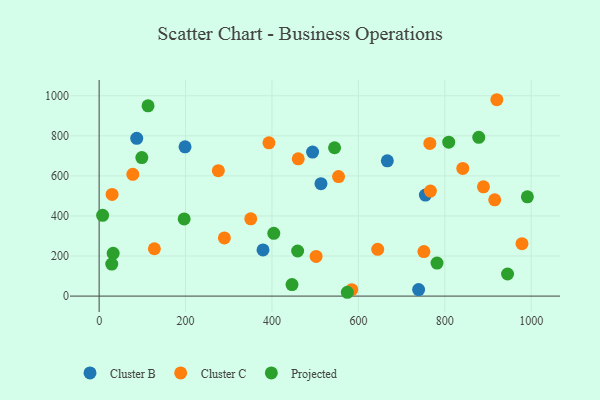
{"axis": {"x": "Investment", "y": "Demand"}, "legend": ["Cluster B", "Cluster C", "Projected"], "data": [{"x": "87.0", "y": 787.7, "type": "Cluster B"}, {"x": "379.3", "y": 230.4, "type": "Cluster B"}, {"x": "739.4", "y": 32.5, "type": "Cluster B"}, {"x": "494.0", "y": 718.8, "type": "Cluster B"}, {"x": "667.0", "y": 675.4, "type": "Cluster B"}, {"x": "198.8", "y": 744.9, "type": "Cluster B"}, {"x": "513.4", "y": 560.9, "type": "Cluster B"}, {"x": "755.1", "y": 504.4, "type": "Cluster B"}, {"x": "766.7", "y": 524.3, "type": "Cluster C"}, {"x": "127.9", "y": 236.4, "type": "Cluster C"}, {"x": "289.9", "y": 290.3, "type": "Cluster C"}, {"x": "889.4", "y": 545.5, "type": "Cluster C"}, {"x": "78.0", "y": 607.9, "type": "Cluster C"}, {"x": "275.9", "y": 626.1, "type": "Cluster C"}, {"x": "765.4", "y": 762.1, "type": "Cluster C"}, {"x": "30.0", "y": 507.6, "type": "Cluster C"}, {"x": "554.1", "y": 596.6, "type": "Cluster C"}, {"x": "584.7", "y": 32.2, "type": "Cluster C"}, {"x": "393.0", "y": 765.1, "type": "Cluster C"}, {"x": "751.6", "y": 222.0, "type": "Cluster C"}, {"x": "915.5", "y": 480.6, "type": "Cluster C"}, {"x": "350.9", "y": 385.7, "type": "Cluster C"}, {"x": "978.6", "y": 261.8, "type": "Cluster C"}, {"x": "920.4", "y": 980.1, "type": "Cluster C"}, {"x": "841.6", "y": 637.1, "type": "Cluster C"}, {"x": "460.8", "y": 685.3, "type": "Cluster C"}, {"x": "502.2", "y": 198.0, "type": "Cluster C"}, {"x": "644.7", "y": 233.5, "type": "Cluster C"}, {"x": "29.2", "y": 160.0, "type": "Projected"}, {"x": "945.2", "y": 110.3, "type": "Projected"}, {"x": "8.1", "y": 403.1, "type": "Projected"}, {"x": "544.9", "y": 740.3, "type": "Projected"}, {"x": "98.8", "y": 691.3, "type": "Projected"}, {"x": "446.4", "y": 57.5, "type": "Projected"}, {"x": "404.2", "y": 313.4, "type": "Projected"}, {"x": "113.2", "y": 949.5, "type": "Projected"}, {"x": "991.1", "y": 495.7, "type": "Projected"}, {"x": "32.5", "y": 213.4, "type": "Projected"}, {"x": "809.1", "y": 768.2, "type": "Projected"}, {"x": "878.6", "y": 792.4, "type": "Projected"}, {"x": "782.0", "y": 164.8, "type": "Projected"}, {"x": "196.8", "y": 385.2, "type": "Projected"}, {"x": "459.4", "y": 225.2, "type": "Projected"}, {"x": "574.4", "y": 19.1, "type": "Projected"}]}